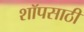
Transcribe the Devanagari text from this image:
शॉपसाठी